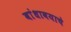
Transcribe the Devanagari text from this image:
बांधावयाचे